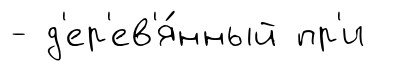
- д'ер'ев'я́нный пр'и